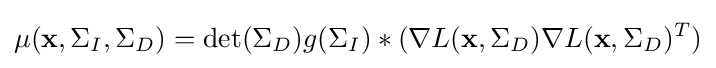
\mu (\mathbf {x} ,\Sigma _{I},\Sigma _{D})=\det(\Sigma _{D})g(\Sigma _{I})*(\nabla L(\mathbf {x} ,\Sigma _{D})\nabla L(\mathbf {x} ,\Sigma _{D})^{T})